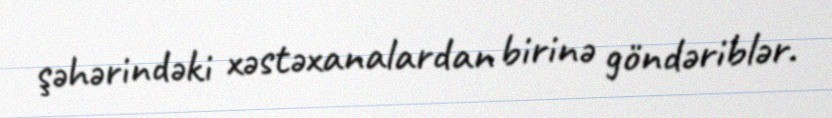
şəhərindəki xəstəxanalardan birinə göndəriblər.